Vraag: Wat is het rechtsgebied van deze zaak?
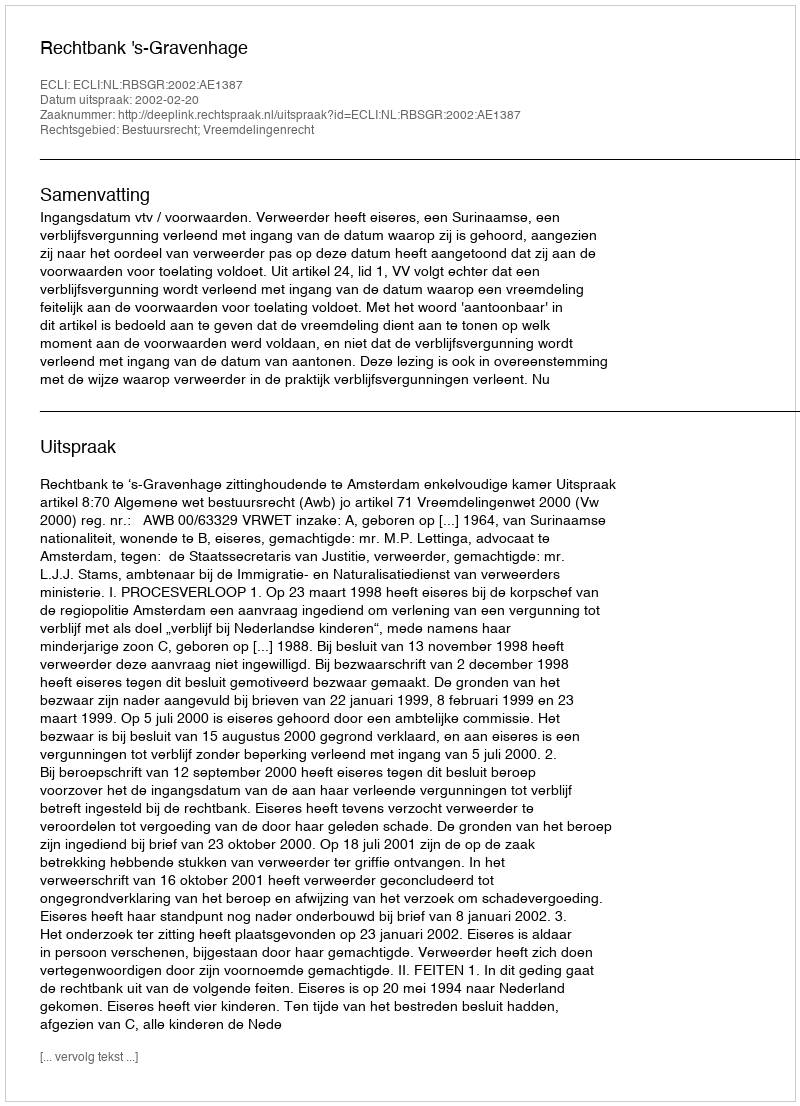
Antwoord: Bestuursrecht; Vreemdelingenrecht